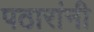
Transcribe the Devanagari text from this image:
पठारांनी